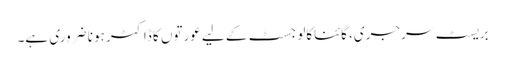
بریسٹ سرجری، گائناکالوجسٹ کے لیے عورتوں کا ڈاکٹر ہونا ضروری ہے۔